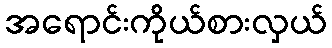
အရောင်းကိုယ်စားလှယ်